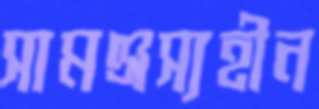
সামঞ্জস্যহীন